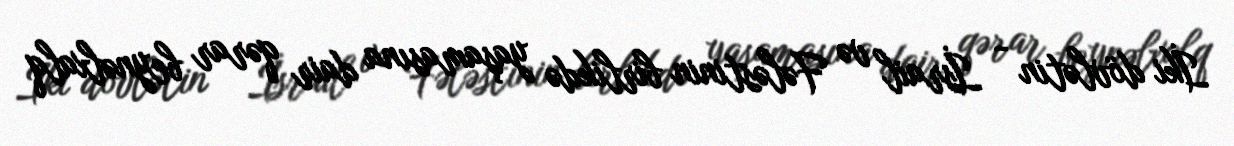
İki dövlətin - İsrail və Fələstinin birlikdə yaşamasına dair qərar beynəlxalq